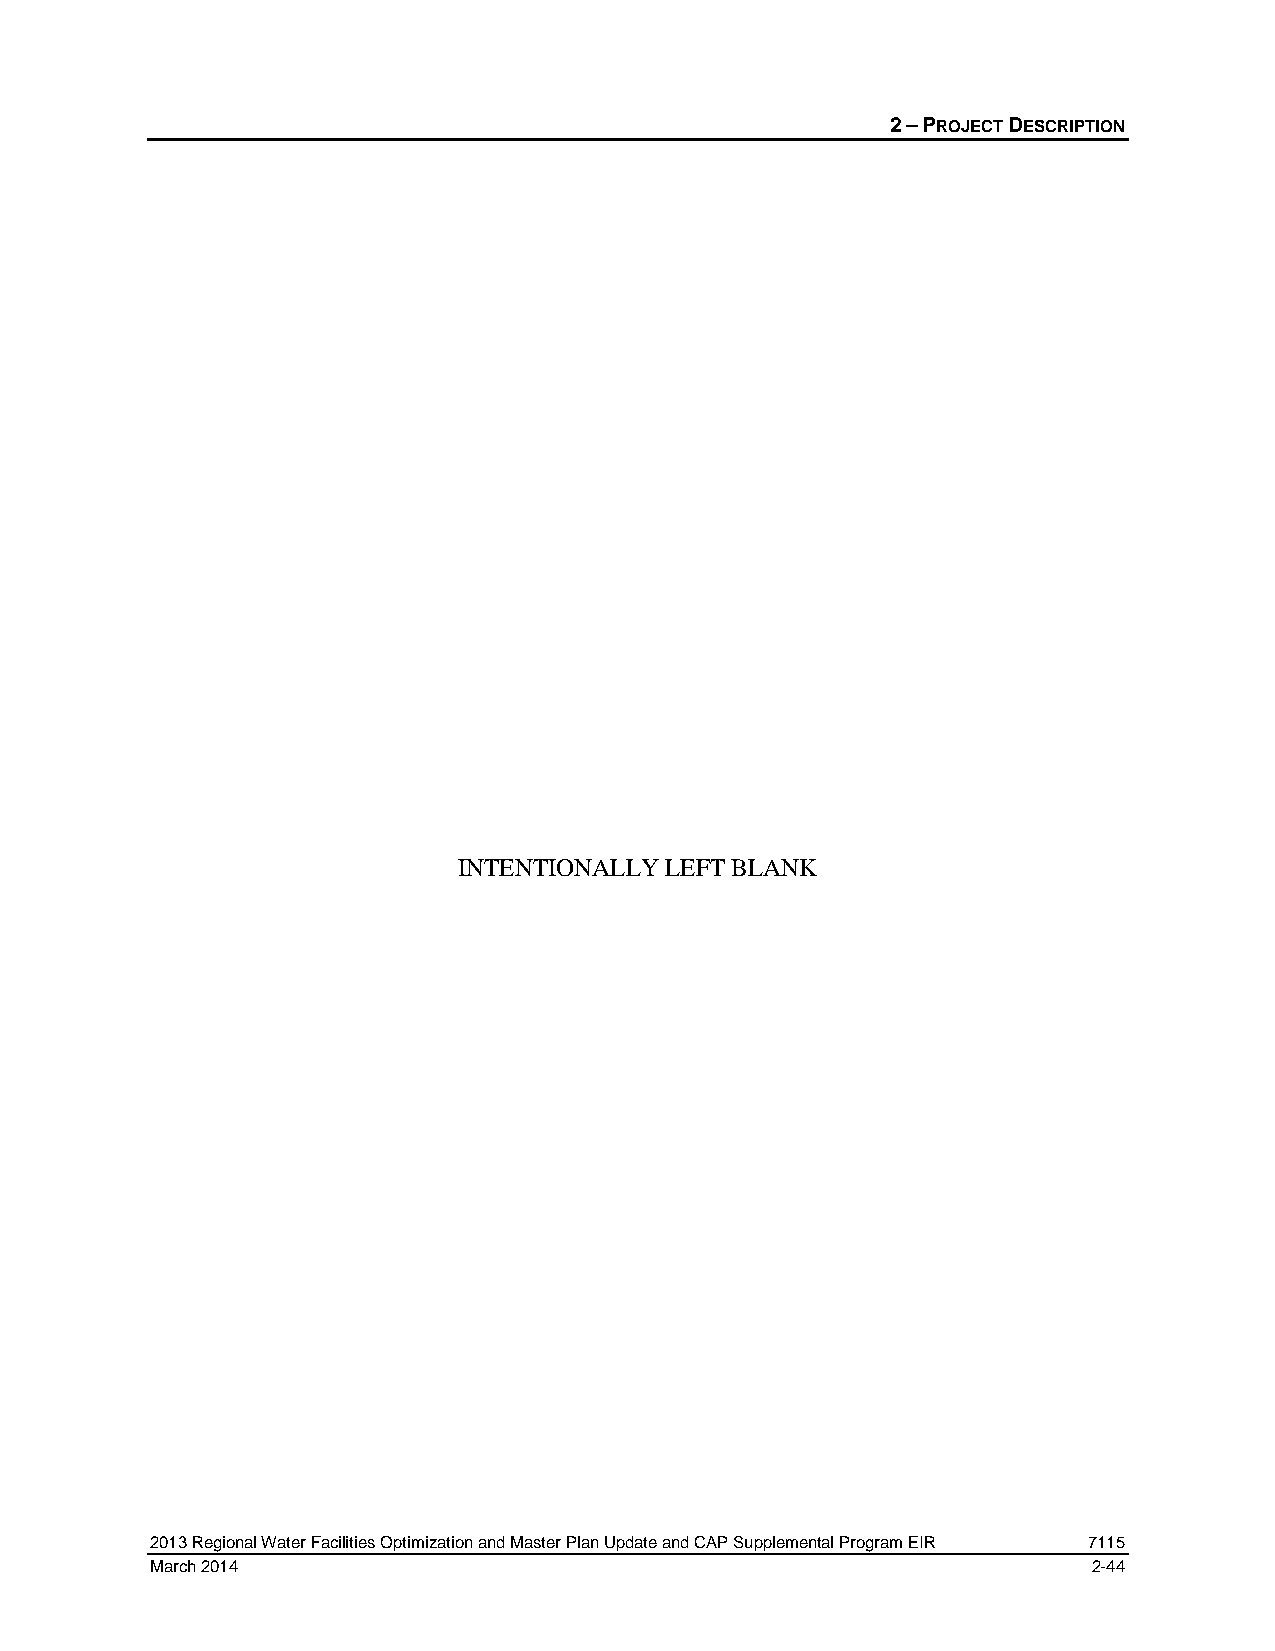
2 – PROJECT DESCRIPTION
 INTENTIONALLY LEFT BLANK
 2013 Regional Water Facilities Optimization and Master Plan Update and CAP Supplemental Program EIR 7115
 March 2014                                                    2-44